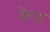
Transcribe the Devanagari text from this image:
डेख़ड़